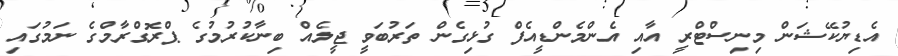
އެޑިޔުކޭޝަން މިނިސްޓްރީ އާއި އެންމެންޑީއެފް ގުޅިގެން ތަރުބަވީ ޖީލެއް ބިނާކުރުމުގެ ޕްރޮގްރާމްގެ ނަމުގައި